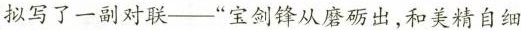
拟写了一副对联——”宝剑锋从磨砺出，和美精自细